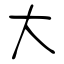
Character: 大